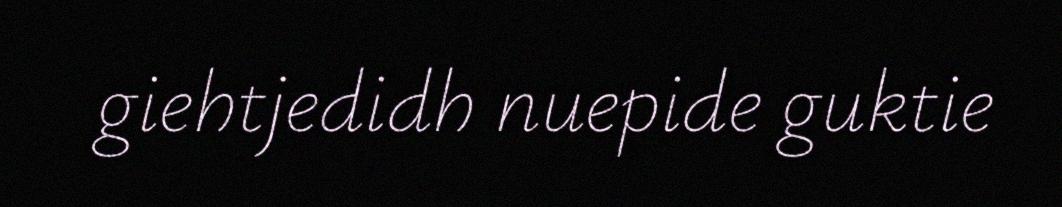
giehtjedidh nuepide guktie